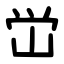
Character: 峃